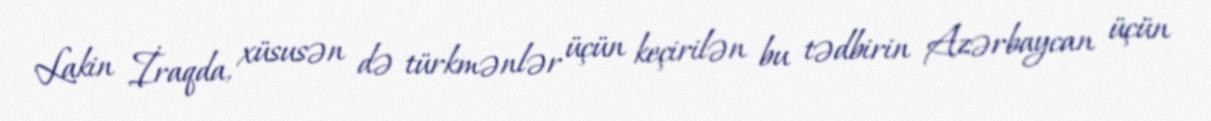
Lakin İraqda, xüsusən də türkmənlər üçün keçirilən bu tədbirin Azərbaycan üçün